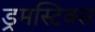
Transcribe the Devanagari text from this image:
ड्रमस्टिक्स